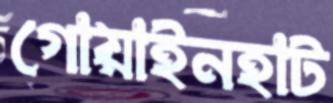
গোয়াইনহাট